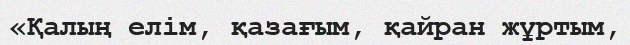
«Қалың елім, қазағым, қайран жұртым,